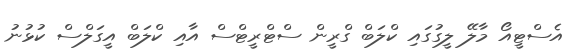
އެސްޓީއޯ މާލޭ ލީގުގައި ކްލަބް ގްރީން ސްޓްރީޓްސް އާއި ކްލަބް އީގަލްސް ކުޅުނު